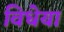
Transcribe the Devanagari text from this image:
विधेया